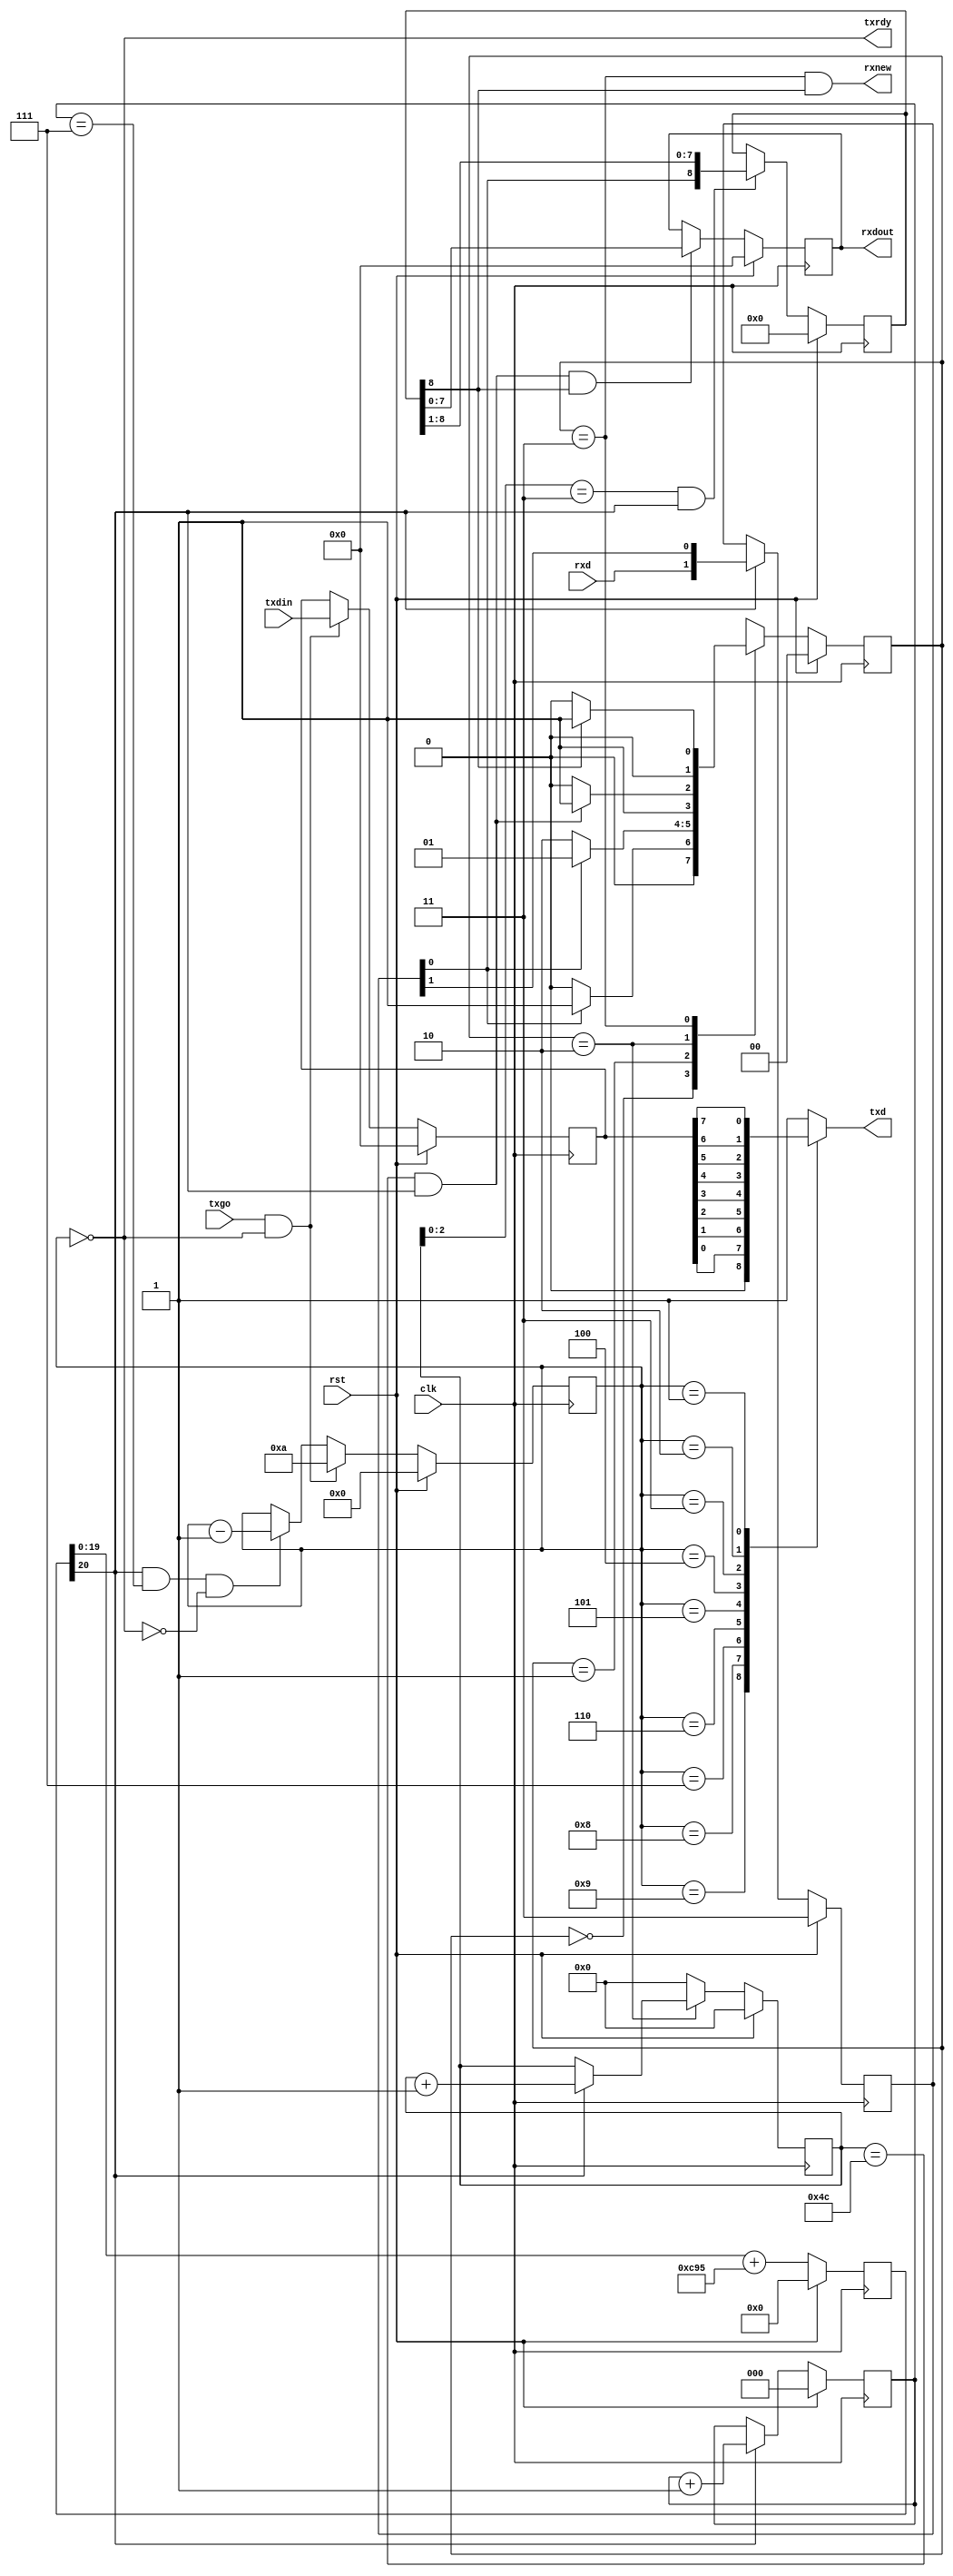
`timescale 1ns / 1ps
//////////////////////////////////////////////////////////////////////////////////
// Company: UCD School of Electrical and Electronic Engineering
// 
// Module Name:    uart   
// Target Devices: Spartan3, Kintex7
// Description: 	 Simple self-contained UART block for clock >> bit rate.
//			Transmit & receive 8 bit, no parity, 1 stop bit.
//			Bit rate is set using INCR parameter in timing block.
//
// Revision 0 - File Created
// Revision 1, 20 October 2014 - modified to sample rxd on bit8x,
//					added FF for bit8x for timing, tidied state names and comments
// Revision 2 - modified for synchronous reset, October 2015
//////////////////////////////////////////////////////////////////////////////////
module uart(
    input clk,						// main clock, drives all logic
    input rst,						// asynchronous reset
    input [7:0] txdin,			// 8-bit data to be transmitted
    input txgo,					// indicates new data to send, ignored if not ready
    output reg txd,				// serial data out (idle at logic 1, high)
    output txrdy,					// transmitter ready for new data
    input rxd,						// serial data in (idle at logic 1, high)
    output reg [7:0] rxdout,	// 8-bit received data
    output rxnew					// indicates new data available, asserted for 1 clock
    );

// Timing block:  Receiver needs pulses at 8 X bitrate, transmitter at bitrate.
// Uses frequency synthesis technique with 20-bit accumulator.
// bit8x frequency is clock frequency * increment / 2**20
// so with 50 MHz clock, increment of 6442 gives bit8x at 307178.5 Hz = 8 X 38397.3 Hz
	//localparam INCR = 20'd6442;	// increment value for 38400 bit/s at 50 MHz
	localparam INCR = 20'd3221;	// increment value for 19200 bit/s at 50 MHz
	//localparam INCR = 20'd206144;  // 32 times faster for simulation
	
	reg [20:0] accum;		// 20-bit accumulator register with extra bit for carry
	wire [20:0] accsum = accum[19:0] + INCR;	// ignore previous carry on add
	
	always @(posedge clk)	// accumulator behaviour
		if (rst) accum <= 21'b0;		// clear on reset
		else accum <= accsum;	// load sum bits on clock

	wire bit8x = accum[20];	// carry gives 8 X bit clock pulse for receive block
	
	reg [2:0] div8;		// 3-bit counter for divide by 8
	always @(posedge clk)	// counter behaviour
		if (rst) div8 <= 3'b0;			// clear on reset
		else if (bit8x) div8 <= div8 + 3'b1;		// increment on clock

	wire bit1x = bit8x & (div8 == 3'b111);	// bit clock pulse for transmit block

// =====================================================================================	
// Transmit block:  Takes 8-bit data input and transmits start bit (0), data bits
// (LSB first), then stop bit (1).  Signal txrdy is low during transmission, high during
// stop bit and idle. Signal txgo causes new data to be loaded for transmission, if ready.
//	To send continuously, apply new data and assert txgo soon after txrdy returns high
// (within one bit time).  Alternatively, hold txgo at 1.  Then txrdy will go high for 
// one clock cycle at the start of each stop bit, new data will be loaded on clock edge
// just before txrdy returns low.

	reg [7:0] datareg;				// 8-bit data register
	reg [3:0] bitcount;				// bit counter, acting as state machine
	
	always @(posedge clk)	// data register behaviour
		if (rst) datareg <= 8'b0;		// clear on reset
		else if (txgo & txrdy) datareg <= txdin;	// load data on go signal, if ready

// Counter/state machine: 10 = pending, 9 = start bit, 0 = stop bit or idle
// Moves to pending state on go signal while in state 0.  Output remains 1.
// Other state changes happen on bit pulse...
	always @ (posedge clk)
		if (rst) bitcount <= 4'd0;				// reset
		else if (txgo & txrdy) bitcount <= 4'd10;	// pending state
		else if (bit1x & (~txrdy)) bitcount <= bitcount - 4'd1;	// count down
		// counting stops when count reaches 0
		
// Generate the status output - ready for new data if count at zero
	assign txrdy = (bitcount == 4'd0);
	
// Generate the serial output data, using multiplexer
	always @ (bitcount or datareg)
		case (bitcount)
			4'd10:	txd = 1'b1;			// pending state, output 1
			4'd9:		txd = 1'b0;			// start bit
			4'd8:		txd = datareg[0];	// LSB
			4'd7:		txd = datareg[1];
			4'd6:		txd = datareg[2];
			4'd5:		txd = datareg[3];
			4'd4:		txd = datareg[4];
			4'd3:		txd = datareg[5];
			4'd2:		txd = datareg[6];
			4'd1:		txd = datareg[7];	// MSB
			4'd0:		txd = 1'b1;			// stop bit or idle
			default:	txd = 1'b1;
		endcase

// =====================================================================================	
// Receive block: Starts at 1 to 0 transition of rxd, puts samples of rxd in shift reg.
// When stop bit received, copies data into output register, asserts rxnew signal for 
//	one clock cycle.  Ouptut register will be over-written when next byte has arrived, 
// so must be read within less than 10 bit times to avoid data loss.

// Internal signals	 
	reg [1:0] sync;		// 2-bit shift register
	wire din;				// data input (after synchroniser)
	reg [8:0] shiftreg;	// 9-bit shift register
	wire sample;			// enable signal for shift reg
	wire stopbit = shiftreg[8];	// will be stop bit at end of receive
	reg [6:0] rxcount;	// 7-bit counter for timing
	wire done;				// ten bits have been received
	reg [1:0] state, next;	// state machine signals
	wire rxgo;					// output from state machine, controls counter

// First synchronise incoming data with the bit8x pulses
	always @ (posedge clk)
		if (rst) sync <= 2'b11;		// reset to idle input
		else if (bit8x) sync <= {rxd, sync[1]};	// shift right...
		
	assign din = sync[0];	// rightmost bit is synchronised data input

// Main shift register - convert serial to parallel data
	always @ (posedge clk)
		if (rst) shiftreg <= 9'b0;			// reset to zero
		else if (sample)						// on sampling pulse 
			shiftreg <= {din, shiftreg[8:1]};	// shift right...

// 7-bit counter - provides sample times and bit count
	always @ (posedge clk)
		if (rst) rxcount <= 7'b0;				// reset to zero
		else if (rxgo == 1'b0) rxcount <= 7'b0;	// hold at zero when disabled	
		else if (bit8x) rxcount <= rxcount + 1'b1;	// count at 8 X bit rate

// Generate timing signals from counter.  Want to take first sample
// of din after 4 bit8x pulses, then sample every 8 pulses.
// As bit8x pulse arrives at end of rxcount value, compare rxcount with 3.
	assign sample = (rxcount[2:0] == 3'b011) & bit8x;	// pulse one clock cycle long
// done signal goes high soon after stop bit has been sampled
	assign done = (rxcount == 7'b1001100) & bit8x;  // pulse after 9.625 bit intervals
	
// State machine to control things...
	localparam 	INIT = 2'b00,		// state after reset
					IDLE = 2'b01,		// waiting for start bit
					RECV = 2'b10,		// receiving data
					FINI = 2'b11;		// finished - strobe signal

	always @ (posedge clk)	// state register behaviour
		if (rst) state <= INIT;		// reset to INIT
		else state <= next;			// move to next state

	always @ (state or din or done or stopbit)	// next state logic
		case (state)
			INIT:		if (din) next = IDLE;	// receive 1, go to IDLE
						else next = INIT;			// receive 0, stay in INIT
						
			IDLE:		if (din) next = IDLE;	// receive 1, keep waiting
						else next = RECV;			// start receiving on 0
						
			RECV:		if (done) next = FINI;	// finish after 9.5 bit times
						else next = RECV;			// otherwise keep receiving
						
			FINI:		if (stopbit) next = IDLE;	// return to await next start bit
						else next = INIT;			// should not happen - framing error
		endcase

// output signals from state machine
	assign rxgo = (state == RECV);			// run counter while receiving
	assign rxnew = (state == FINI) & stopbit;	// ouptut indicates valid data

//	Output register - loaded when 8-bit data is ready and valid stop bit
	always @ (posedge clk)
		if (rst) rxdout <= 8'b0;		// reset to zero
		else if (done & stopbit) rxdout <= shiftreg[7:0];	

endmodule